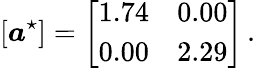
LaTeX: \left[\boldsymbol{a}^{\star}\right]=\left[\begin{array}{ccc}{1.74}&{0.00}\\ {0.00}&{2.29}\end{array}\right]\, .